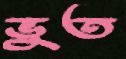
ভুত